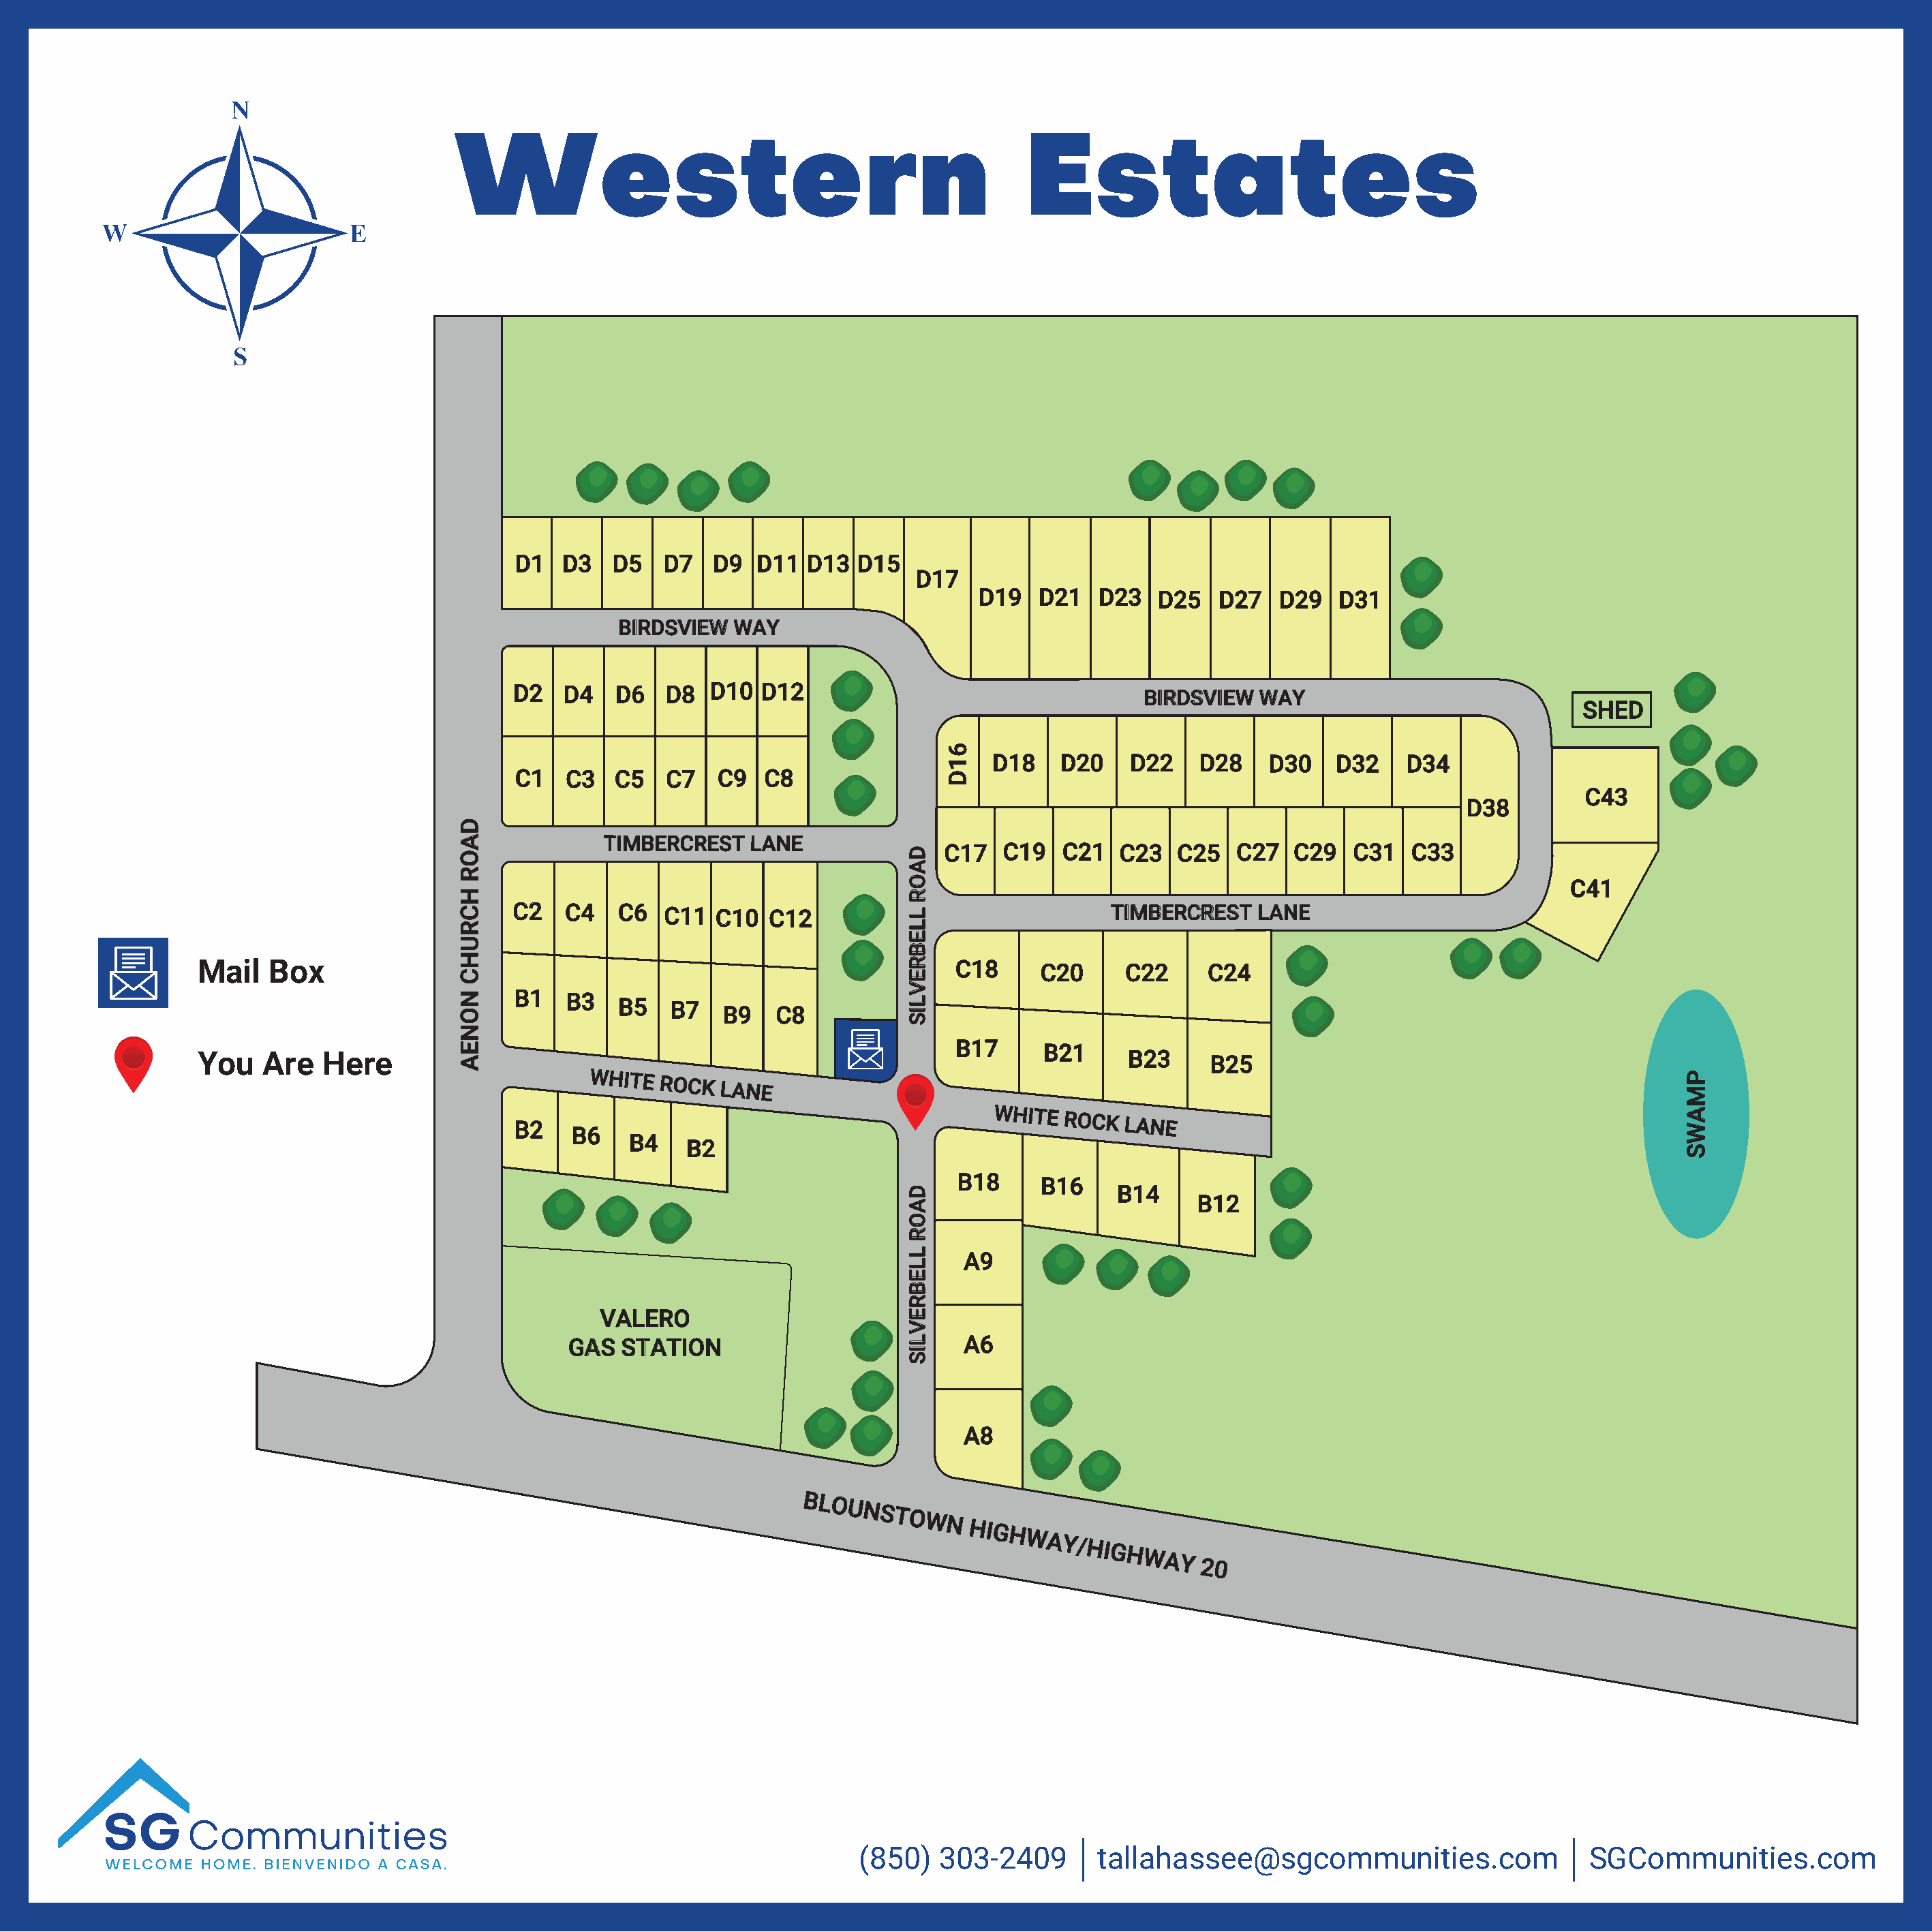
Western                                                Estates
 D1   D3   D5  D7   D9  D11  D13  D15
 D17
 D19   D21   D23  D25   D27   D29   D31
 BIRDSVIEW  WAY
 D2   D4   D6   D8  D10  D12                                  BIRDSVIEW  WAY
 SHED
 D18    D20    D22    D28   D30    D32    D34
 C1   C3   C5   C7   C9  C8
 C43
 D38
 TIMBERCREST   LANE
 C17  C19   C21   C23  C25   C27   C29  C31   C33
 C41
 C2   C4   C6   C11  C10  C12                              TIMBERCREST   LANE
 Mail   Box                                                                C18     C20     C22     C24
 B1   B3
 B5   B7
 B9   C8
 B17
 B21
 You   Are   Here                                                                           B23     B25
 WHITE
 ROCK
 LANE
 B2
 WHITE
 ROCK
 LANE
 B6
 B4
 B2
 B18     B16
 B14
 B12
 A9
 VALERO
 GAS  STATION                           A6
 A8
 BLOUNSTOWN
 HIGHWAY/HIGHWAY
 20
 (850)   303-2409        tallahassee@sgcommunities.com                  SGCommunities.com
 DAOR
 HCRUHC
 NONEA
 DAOR
 LLEBREVLIS
 DAOR
 LLEBREVLIS
 61D
 PMAWS